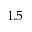
1 . 5